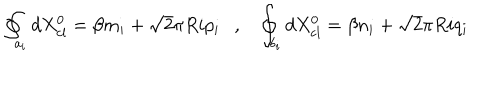
\oint _ { a _ { i } } d X _ { \mathrm { c l } } ^ { 0 } = \beta m _ { i } + \sqrt { 2 } \pi R i p _ { i } , \oint _ { b _ { i } } d X _ { \mathrm { c l } } ^ { 0 } = \beta n _ { i } + \sqrt { 2 } \pi R i q _ { i }